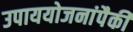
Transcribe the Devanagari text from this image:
उपाययोजनांपैकी